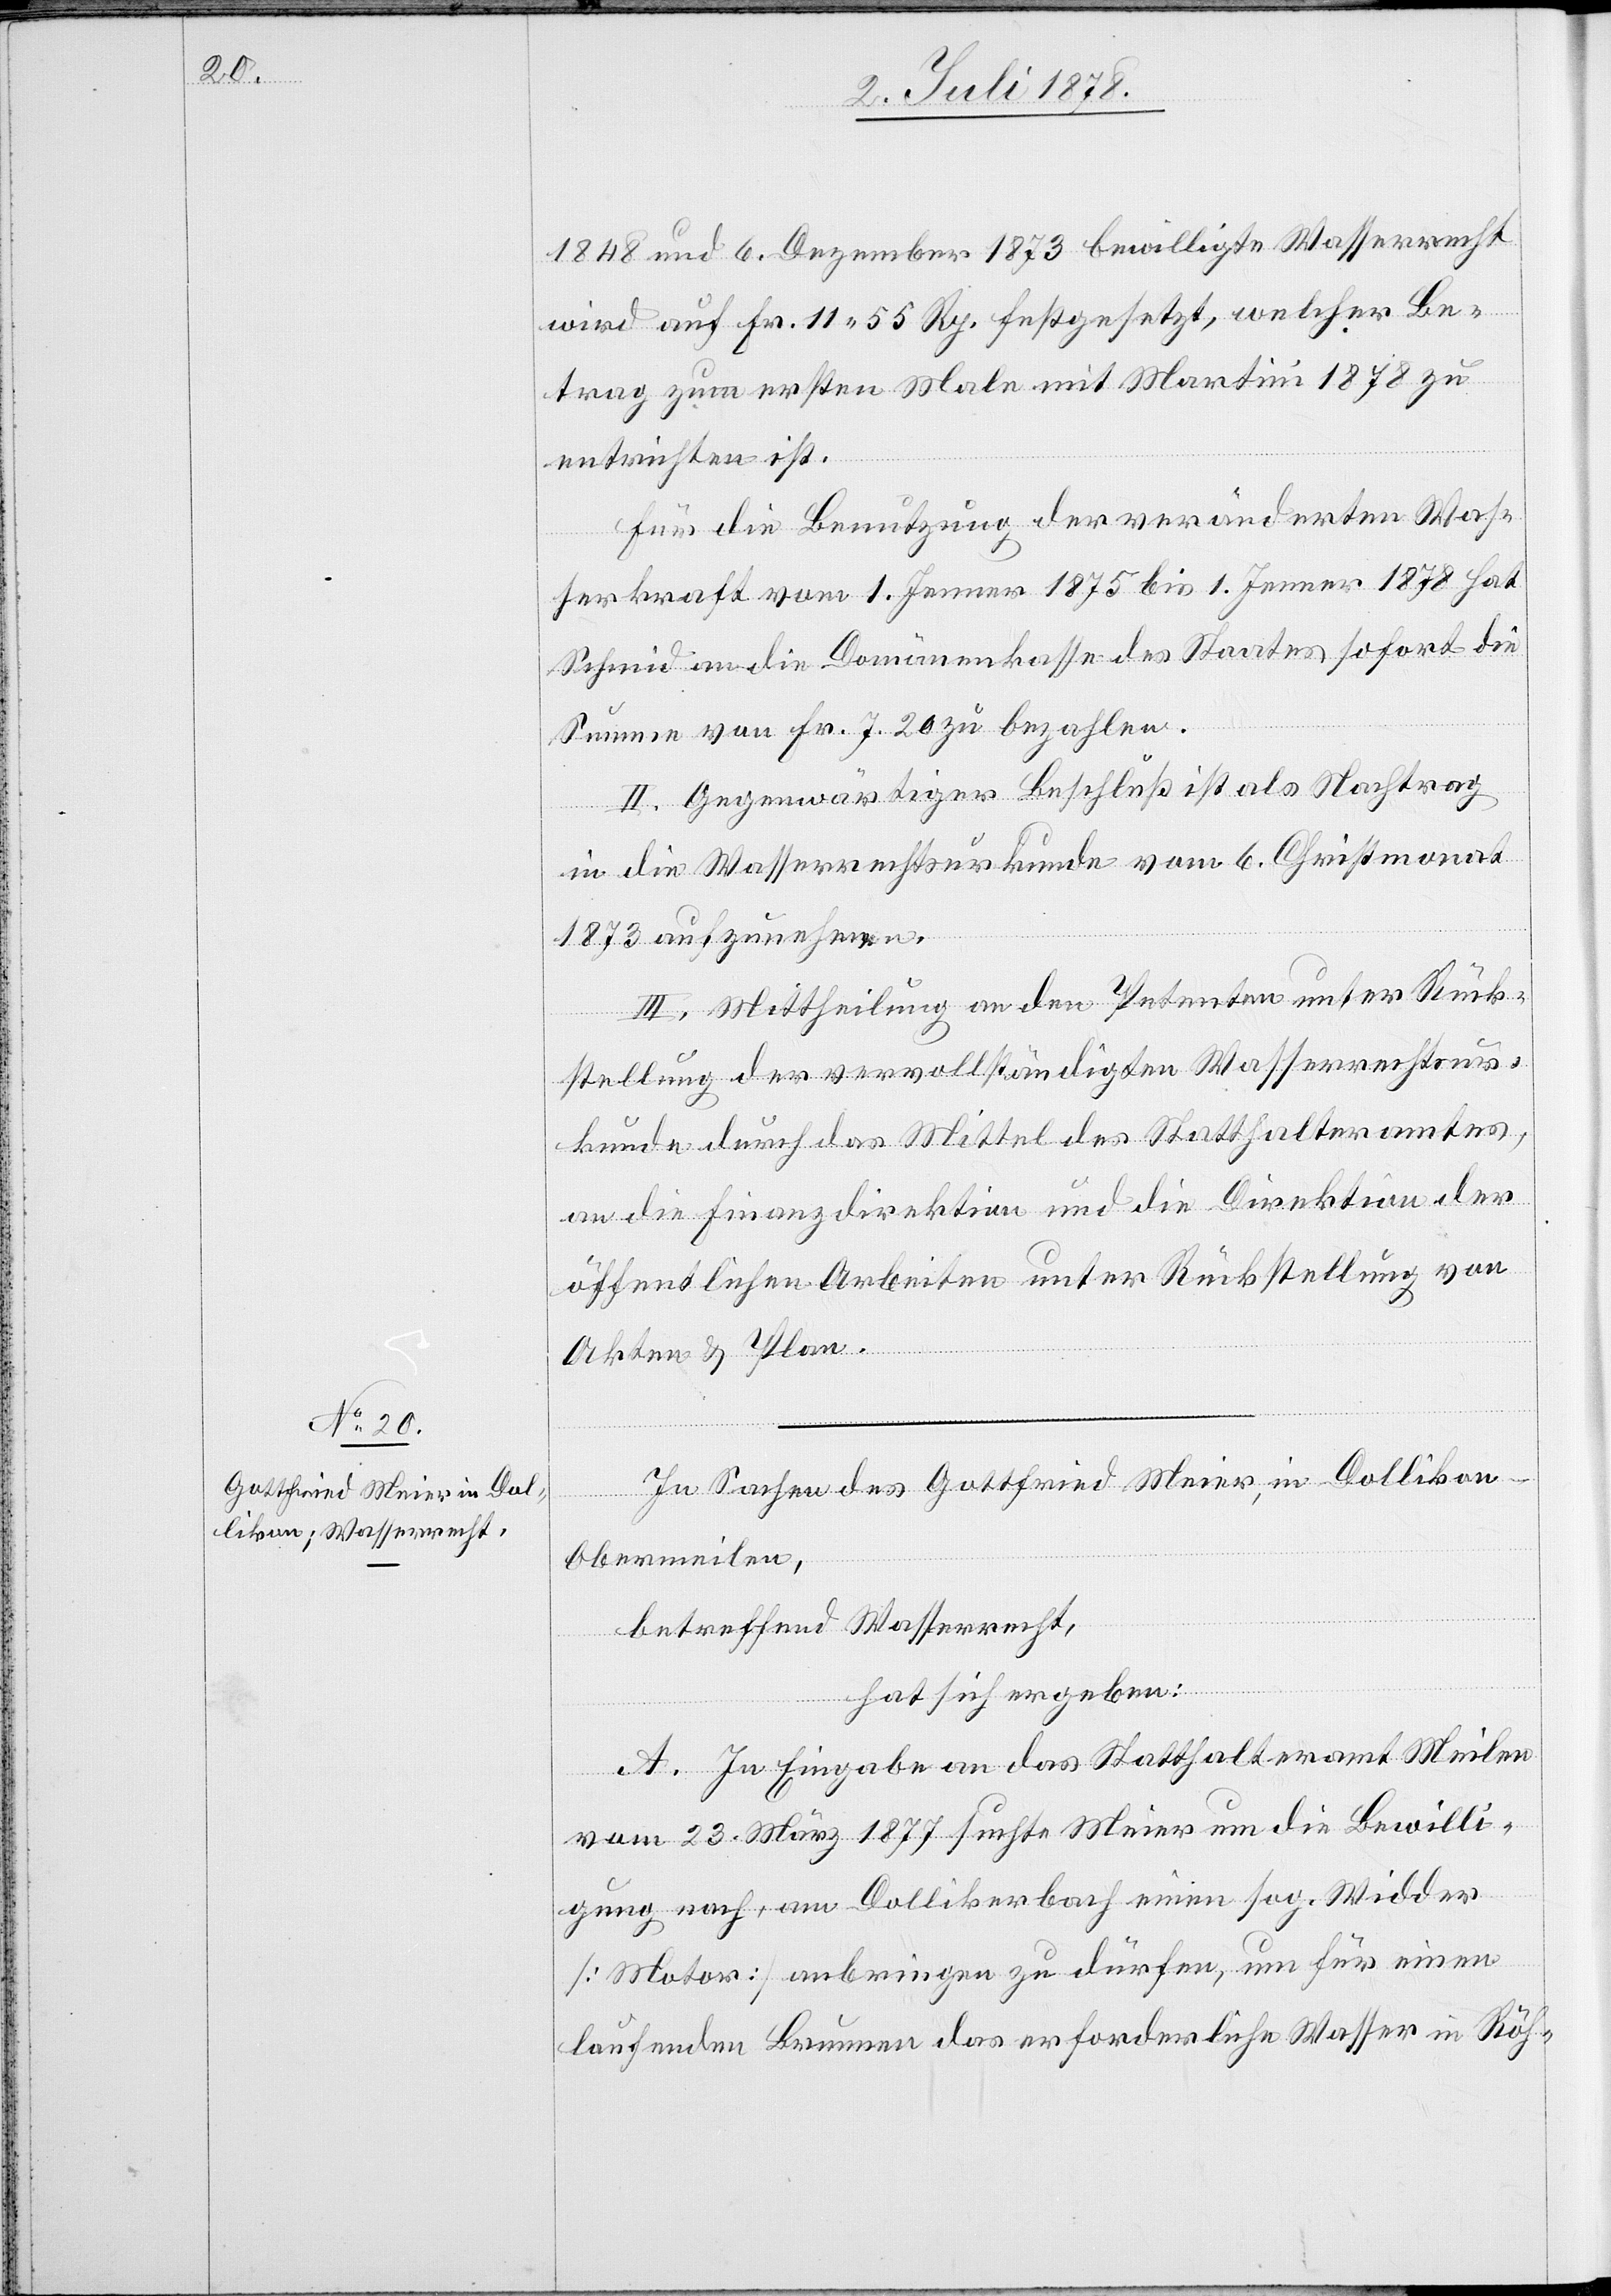
1848 und 6. Dezember 1873 bewilligte Wasserrecht
wird auf Fr. 11 55 Rp. festgesetzt, welcher Be¬
trag zum ersten Male mit Martini 1878 zu
entrichten ist.
Für die Benutzung der veränderten Was¬
serkraft vom 1. Jenner 1875 bis 1. Jenner 1878 hat
Schmid an die Domänenkasse des Staates sofort die
Summe von Fr. 7 20 zu bezahlen.
II. Gegenwärtiger Beschluß ist als Nachtrag
in die Wasserrechtsurkunde vom 6. Christmonat
1873 aufzunehmen.
III. Mittheilung an den Petenten unter Rück¬
stellung der vervollständigten Wasserrechtsur¬
kunde durch das Mittel des Statthalteramtes,
an die Finanzdirektion und die Direktion der
öffentlichen Arbeiten unter Rückstellung der
Akten & Plan.
In Sachen des Gottfried Meier, in Dollikon
Obermeilen,
betreffend Wasserrecht,
hat sich ergeben:
A. In Eingabe an das Statthalteramt Meilen
vom 23. März 1877 suchte Meier um die Bewilli¬
gung nach, am Dollikerbach einen sog. Widder
[Motor] anbringen zu dürfen, um für einen
laufenden Brunnen das erforderliche Wasser in Röh-